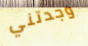
وجدتني